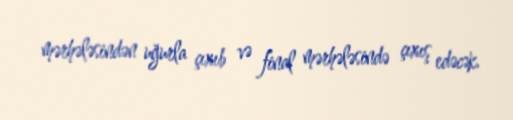
mərhələsindən uğurla çıxıb və final mərhələsində çıxış edəcək.